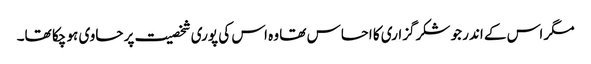
مگر اس کے اندر جو شکرگزاری کا احساس تھا وہ اس کی پوری شخصیت پر حاوی ہو چکا تھا۔